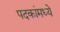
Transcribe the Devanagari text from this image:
पदकांमध्ये